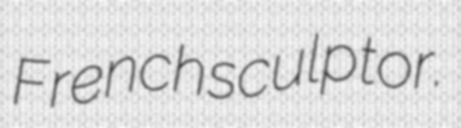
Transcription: French sculptor.